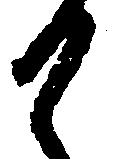
か